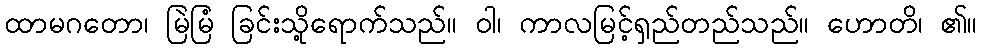
ထာမဂတော၊ မြဲမြံ ခြင်းသို့ရောက်သည်။ ဝါ၊ ကာလမြင့်ရှည်တည်သည်။ ဟောတိ၊ ၏။